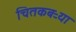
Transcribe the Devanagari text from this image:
चितकबऱ्या